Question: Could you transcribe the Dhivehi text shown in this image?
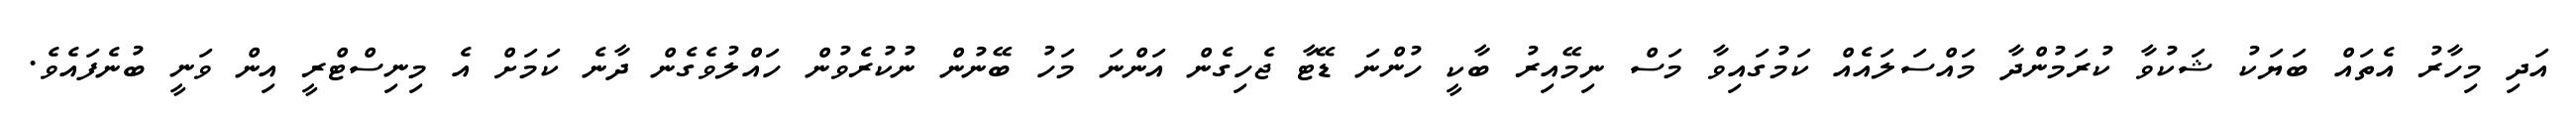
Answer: އަދި މިހާރު އެތައް ބަޔަކު ޝަކުވާ ކުރަމުންދާ މައްސަލައެއް ކަމުގައިވާ މަސް ނިމޭއިރު ބާކީ ހުންނަ ޑޭޓާ ޖެހިގެން އަންނަ މަހު ބޭނުން ނުކުރެވުން ހައްލުވެގެން ދާނެ ކަމަށް އެ މިނިސްޓްރީ އިން ވަނީ ބުނެފައެވެ.